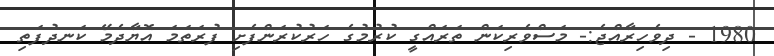
1980 - ދިވެހިރާއްޖެ:- މަސްވެރިކަން ތަރައްގީ ކުރުމުގެ ހަރުކުރަންފެށި ފުރަތަމަ އޮޔާދެމޭ ކަނދުފަތި